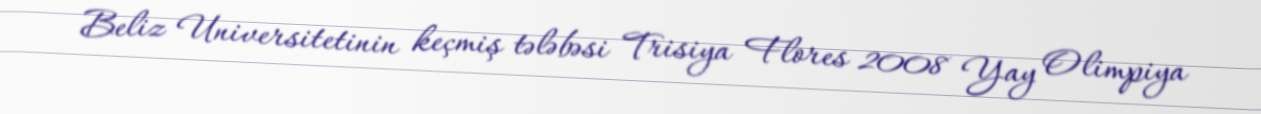
Beliz Universitetinin keçmiş tələbəsi Trisiya Flores 2008 Yay Olimpiya